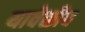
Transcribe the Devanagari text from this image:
यावेळीच